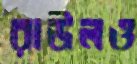
রাউলও